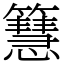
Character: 𥶙